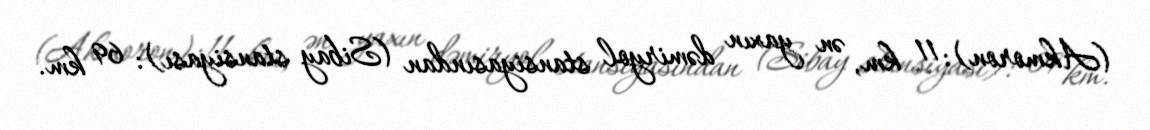
(Akmoron): 11 km, ən yaxın dəmiryol stansiyasından (Sibay stansiyası): 69 km.